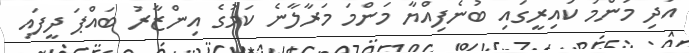
އަދި މަންމަ ކައިރީގައި ބުނެފިއްޔާ މަންމަ މަރާލާނެ ކަމުގެ އިންޒާރު ބައްޕަ ދީފައި